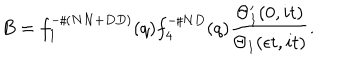
B = f _ { 1 } ^ { - \sharp ( N N + D D ) } ( q ) f _ { 4 } ^ { - \sharp N D } ( q ) \frac { \Theta _ { 1 } ^ { \prime } ( 0 , i t ) } { \Theta _ { 1 } ( \epsilon t , i t ) } .